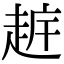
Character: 𧻧